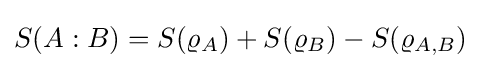
S(A:B)=S(\varrho _{A})+S(\varrho _{B})-S(\varrho _{A,B})